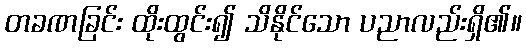
တခဏခြင်း ထိုးထွင်း၍ သိနိုင်သော ပညာလည်းရှိ၏။